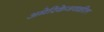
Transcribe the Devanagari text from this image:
अमेरिकेजवळील